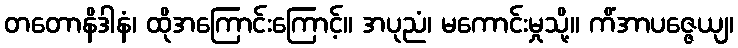
တတောနိဒါနံ၊ ထိုအကြောင်းကြောင့်။ အပုညံ၊ မကောင်းမှုသို့။ ကိံအာပဇ္ဇေယျ၊